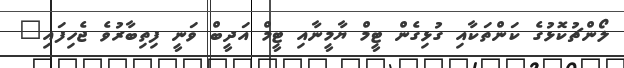
ލޯންޗުކޮޅުގެ ކަންތަކާއި ގުޅިގެން ޓީމް ޔާމީނާއި ޓީމް އަދީބް ވަނީ ފިތިބާރުވެ ޖެހިފައި"